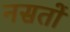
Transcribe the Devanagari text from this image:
नसतों